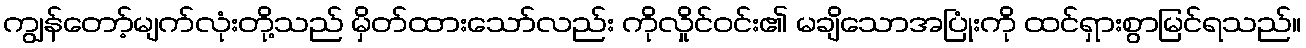
ကျွန်တော့်မျက်လုံးတို့သည် မှိတ်ထားသော်လည်း ကိုလှိုင်ဝင်း၏ မချိသောအပြုံးကို ထင်ရှားစွာမြင်ရသည်။